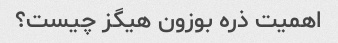
اهمیت ذره بوزون هیگز چیست؟